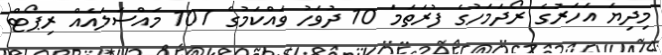
މިދިޔަ އަހަރުގެ ރޯދަމަހުގެ ފުރަތަމަ 10 ދުވަހު ވައްކަމުގެ 107 މައްސަލައެއް ރިޕޯޓް